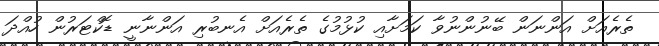
ތެރެއަށް އަންނަން ބޭނުންނުވާ ކަމަށާއި ކުޅުމުގެ ތެރެއަށް އެނބުރި އަންނާނީ ޑޮކްޓަރުން ހުއްދަ